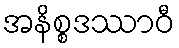
အနိစ္စဒဿာဝီ